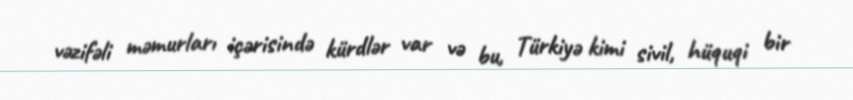
vəzifəli məmurları içərisində kürdlər var və bu, Türkiyə kimi sivil, hüquqi bir